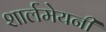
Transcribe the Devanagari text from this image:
शार्लमेयनी